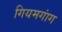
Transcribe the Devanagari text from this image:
गियमगांग